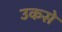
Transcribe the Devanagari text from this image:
उकसे